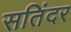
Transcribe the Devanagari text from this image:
सतिंदर